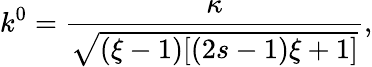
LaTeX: k^{0}=\frac{\kappa}{\sqrt{(\xi-1)[(2s-1)\xi+1]}},